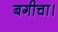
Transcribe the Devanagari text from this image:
बगीचा।